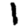
Digit: 1